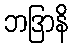
ဘဒြာနိ